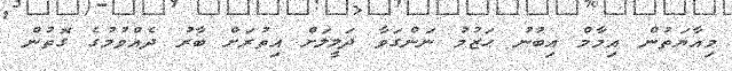
މިއާޔަތުން އިމާމް އިބުނު ޙަޒުމު ނަންގަވާ ދަލީލަށް އިތުރަށް ބާރު ދެއްވުމުގެ ގޮތުން